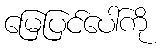
မြေပြင်ပေါ်ကို